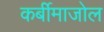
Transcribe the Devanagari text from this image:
कर्बीमाजोल